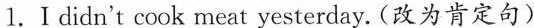
1.Ⅰ didn't cook meat yesterday. (改为肯定句)